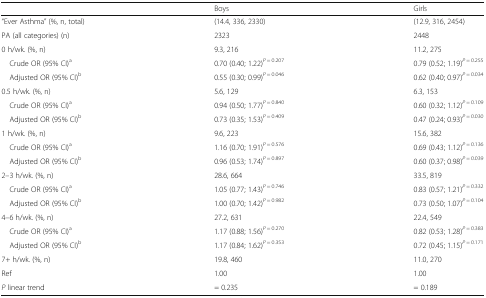
<table><thead><tr><td></td><td><b>Boys</b></td><td><b>Girls</b></td></tr></thead><tbody><tr><td>“Ever Asthma” (%, n, total)</td><td>(14.4, 336, 2330)</td><td>(12.9, 316, 2454)</td></tr><tr><td>PA (all categories) (n)</td><td>2323</td><td>2448</td></tr><tr><td>0 h/wk. (%, n)</td><td>9.3, 216</td><td>11.2, 275</td></tr><tr><td> Crude OR (95% CI)<sup>a</sup></td><td>0.70 (0.40; 1.22)<sup><i>P</i> = 0.207</sup></td><td>0.79 (0.52; 1.19)<sup><i>P</i> = 0.255</sup></td></tr><tr><td> Adjusted OR (95% CI)<sup>b</sup></td><td>0.55 (0.30; 0.99)<sup><i>P</i> = 0.046</sup></td><td>0.62 (0.40; 0.97)<sup><i>P</i> = 0.034</sup></td></tr><tr><td>0.5 h/wk. (%, n)</td><td>5.6, 129</td><td>6.3, 153</td></tr><tr><td> Crude OR (95% CI)<sup>a</sup></td><td>0.94 (0.50; 1.77)<sup><i>P</i> = 0.840</sup></td><td>0.60 (0.32; 1.12)<sup><i>P</i> = 0.109</sup></td></tr><tr><td> Adjusted OR (95% CI)<sup>b</sup></td><td>0.73 (0.35; 1.53)<sup><i>P</i> = 0.409</sup></td><td>0.47 (0.24; 0.93)<sup><i>P</i> = 0.030</sup></td></tr><tr><td>1 h/wk. (%, n)</td><td>9.6, 223</td><td>15.6, 382</td></tr><tr><td> Crude OR (95% CI)<sup>a</sup></td><td>1.16 (0.70; 1.91)<sup><i>P</i> = 0.576</sup></td><td>0.69 (0.43; 1.12)<sup><i>P</i> = 0.136</sup></td></tr><tr><td> Adjusted OR (95% CI)<sup>b</sup></td><td>0.96 (0.53; 1.74)<sup><i>P</i> = 0.897</sup></td><td>0.60 (0.37; 0.98)<sup><i>P</i> = 0.039</sup></td></tr><tr><td>2–3 h/wk. (%, n)</td><td>28.6, 664</td><td>33.5, 819</td></tr><tr><td> Crude OR (95% CI)<sup>a</sup></td><td>1.05 (0.77; 1.43)<sup><i>P</i> = 0.746</sup></td><td>0.83 (0.57; 1.21)<sup><i>P</i> = 0.332</sup></td></tr><tr><td> Adjusted OR (95% CI)<sup>b</sup></td><td>1.00 (0.70; 1.42)<sup><i>P</i> = 0.982</sup></td><td>0.73 (0.50; 1.07)<sup><i>P</i> = 0.104</sup></td></tr><tr><td>4–6 h/wk. (%, n)</td><td>27.2, 631</td><td>22.4, 549</td></tr><tr><td> Crude OR (95% CI)<sup>a</sup></td><td>1.17 (0.88; 1.56)<sup><i>P</i> = 0.270</sup></td><td>0.82 (0.53; 1.28)<sup><i>P</i> = 0.383</sup></td></tr><tr><td> Adjusted OR (95% CI)<sup>b</sup></td><td>1.17 (0.84; 1.62)<sup><i>P</i> = 0.353</sup></td><td>0.72 (0.45; 1.15)<sup><i>P</i> = 0.171</sup></td></tr><tr><td>7+ h/wk. (%, n)</td><td>19.8, 460</td><td>11.0, 270</td></tr><tr><td>Ref</td><td>1.00</td><td>1.00</td></tr><tr><td><i>P</i> linear trend</td><td>= 0.235</td><td>= 0.189</td></tr></tbody></table>